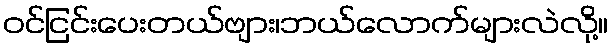
ဝင်ငြင်းပေးတယ်ဗျား၊ဘယ်လောက်များလဲလို့။